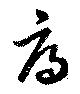
辱